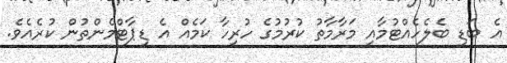
އެ ބަޑި ބެލެހެއްޓުމާއި މަރާމާތު ކުރުމުގެ ހުރިހާ ކަމެއް އެ ޑިޕާޓްމެންތުން ކުރެއެވެ.